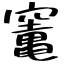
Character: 竃